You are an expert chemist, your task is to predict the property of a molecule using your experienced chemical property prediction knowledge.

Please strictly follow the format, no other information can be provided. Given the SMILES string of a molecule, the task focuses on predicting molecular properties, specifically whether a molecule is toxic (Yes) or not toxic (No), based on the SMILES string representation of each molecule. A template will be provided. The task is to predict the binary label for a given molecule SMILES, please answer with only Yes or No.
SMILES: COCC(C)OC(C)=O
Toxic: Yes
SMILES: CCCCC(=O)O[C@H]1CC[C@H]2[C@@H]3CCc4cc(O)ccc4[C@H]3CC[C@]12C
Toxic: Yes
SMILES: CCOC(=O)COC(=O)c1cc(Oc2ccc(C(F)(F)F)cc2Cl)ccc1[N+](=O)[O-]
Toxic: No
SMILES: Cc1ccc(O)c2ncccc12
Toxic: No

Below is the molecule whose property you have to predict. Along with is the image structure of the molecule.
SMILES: CCOC(=O)NC(C)(C)Cc1ccc(Cl)cc1
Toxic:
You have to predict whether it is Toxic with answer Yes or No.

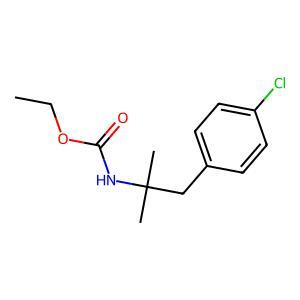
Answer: No